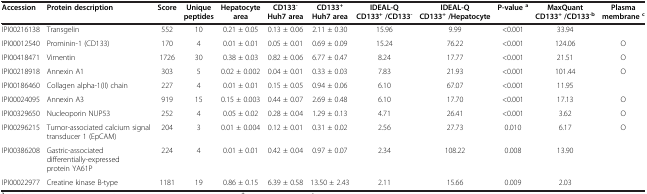
<table><thead><tr><td><b>Accession</b></td><td><b>Protein description</b></td><td><b>Score</b></td><td><b>Unique peptides</b></td><td><b>Hepatocyte area</b></td><td><b>CD133<sup>-</sup>Huh7 area</b></td><td><b>CD133<sup>+</sup>Huh7 area</b></td><td><b>IDEAL-Q CD133<sup>+</sup>/CD133<sup>-</sup></b></td><td><b>IDEAL-Q CD133<sup>+</sup>/Hepatocyte</b></td><td><b>P-value<sup>a</sup></b></td><td><b>MaxQuant CD133<sup>+</sup>/CD133<sup>-b</sup></b></td><td><b>Plasma membrane<sup>c</sup></b></td></tr></thead><tbody><tr><td>IPI00216138</td><td>Transgelin</td><td>552</td><td>10</td><td>0.21 ± 0.05</td><td>0.13 ± 0.06</td><td>2.11 ± 0.30</td><td>15.96</td><td>9.99</td><td>&lt;0.001</td><td>33.94</td><td>[EMPTY_CELL]</td></tr><tr><td>IPI00012540</td><td>Prominin-1 (CD133)</td><td>170</td><td>4</td><td>0.01 ± 0.01</td><td>0.05 ± 0.01</td><td>0.69 ± 0.09</td><td>15.24</td><td>76.22</td><td>&lt;0.001</td><td>124.06</td><td>O</td></tr><tr><td>IPI00418471</td><td>Vimentin</td><td>1726</td><td>30</td><td>0.38 ± 0.03</td><td>0.82 ± 0.06</td><td>6.77 ± 0.47</td><td>8.24</td><td>17.77</td><td>&lt;0.001</td><td>21.51</td><td>O</td></tr><tr><td>IPI00218918</td><td>Annexin A1</td><td>303</td><td>5</td><td>0.02 ± 0.002</td><td>0.04 ± 0.01</td><td>0.33 ± 0.03</td><td>7.83</td><td>21.93</td><td>&lt;0.001</td><td>101.44</td><td>O</td></tr><tr><td>IPI00186460</td><td>Collagen alpha-1(II) chain</td><td>227</td><td>4</td><td>0.01 ± 0.01</td><td>0.15 ± 0.05</td><td>0.94 ± 0.06</td><td>6.10</td><td>67.07</td><td>&lt;0.001</td><td>11.95</td><td>[EMPTY_CELL]</td></tr><tr><td>IPI00024095</td><td>Annexin A3</td><td>919</td><td>15</td><td>0.15 ± 0.003</td><td>0.44 ± 0.07</td><td>2.69 ± 0.48</td><td>6.10</td><td>17.70</td><td>&lt;0.001</td><td>17.13</td><td>O</td></tr><tr><td>IPI00329650</td><td>Nucleoporin NUP53</td><td>252</td><td>4</td><td>0.05 ± 0.02</td><td>0.28 ± 0.04</td><td>1.29 ± 0.13</td><td>4.71</td><td>26.41</td><td>&lt;0.001</td><td>3.62</td><td>O</td></tr><tr><td>IPI00296215</td><td>Tumor-associated calcium signal transducer 1 (EpCAM)</td><td>204</td><td>3</td><td>0.01 ± 0.004</td><td>0.12 ± 0.01</td><td>0.31 ± 0.02</td><td>2.56</td><td>27.73</td><td>0.010</td><td>6.17</td><td>O</td></tr><tr><td>IPI00386208</td><td>Gastric-associated differentially-expressed protein YA61P</td><td>224</td><td>4</td><td>0.01 ± 0.01</td><td>0.42 ± 0.04</td><td>0.97 ± 0.07</td><td>2.34</td><td>108.22</td><td>0.008</td><td>13.90</td><td>[EMPTY_CELL]</td></tr><tr><td>IPI00022977</td><td>Creatine kinase B-type</td><td>1181</td><td>19</td><td>0.86 ± 0.15</td><td>6.39 ± 0.58</td><td>13.50 ± 2.43</td><td>2.11</td><td>15.66</td><td>0.009</td><td>2.03</td><td>[EMPTY_CELL]</td></tr></tbody></table>